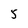
Character: 5